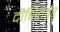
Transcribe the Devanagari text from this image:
दीक्षितवर